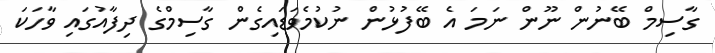
ގާސިމް ބޭނުން ނޫން ނަމަ އެ ބޭފުޅުން ނުކުމެވަޑައިގެން ގާސިމްގެ ދިފާއުގައި ވާހަކަ